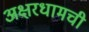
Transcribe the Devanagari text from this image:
अक्षरधामची